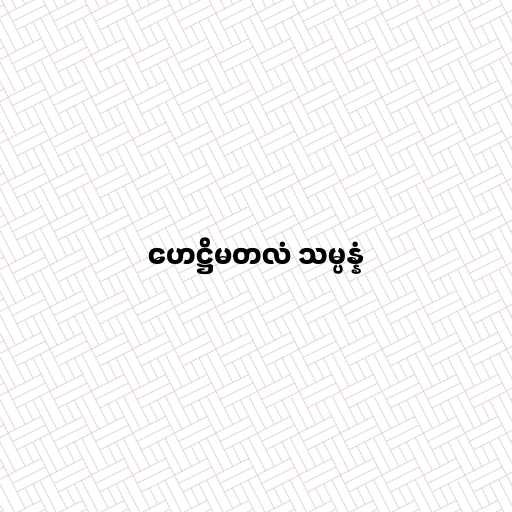
ဟေဋ္ဌိမတလံ သမ္ပန္နံ